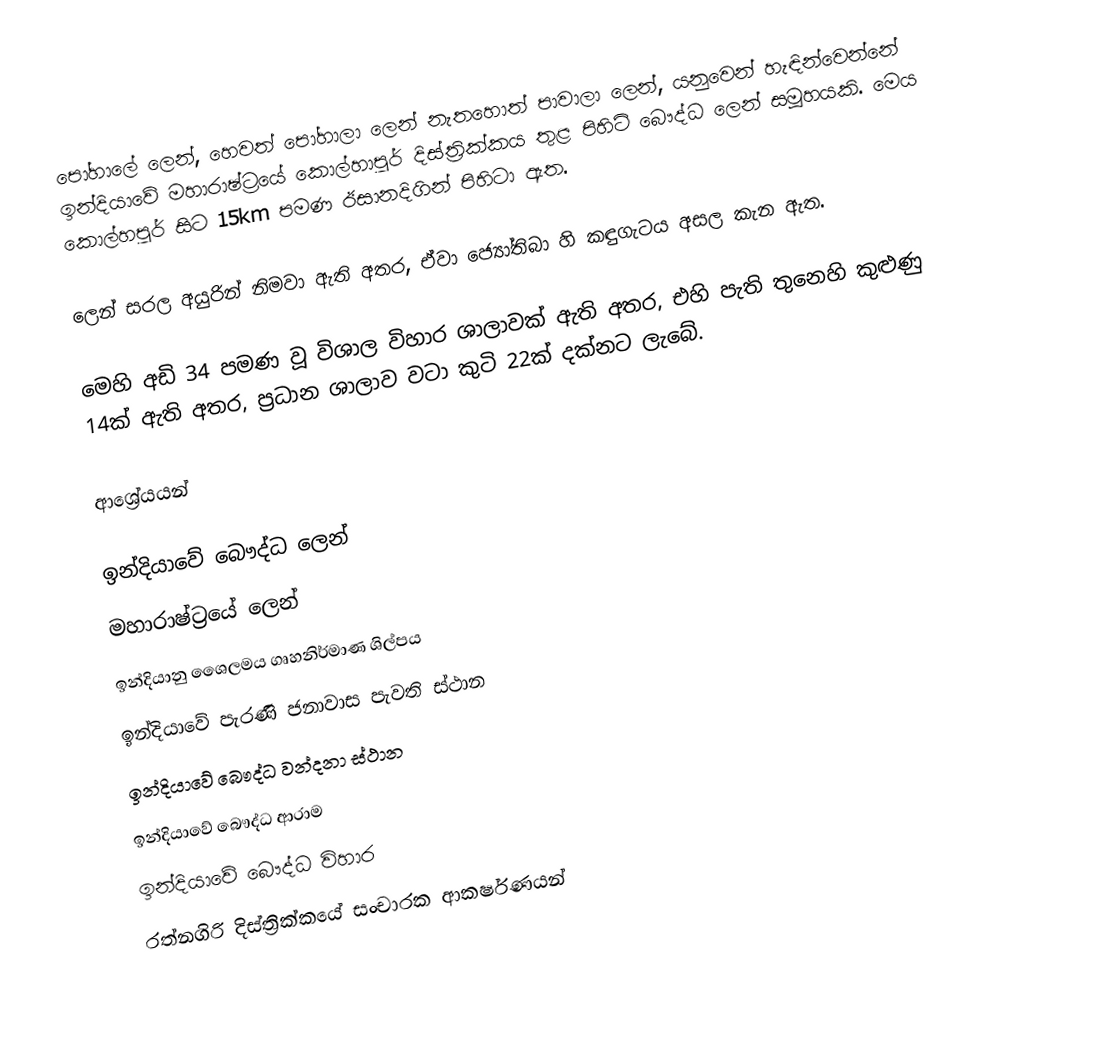
පෝහාලේ ලෙන්, හෙවත් පෝහාලා ලෙන් නැතහොත් පාවාලා ලෙන්, ‍යනුවෙන් හැඳින්වෙන්නේ ඉන්දියාවේ මහාරාෂ්ට්‍රයේ කොල්හාපූර් දිස්ත්‍රික්කය තුළ පිහිටි බෞද්ධ ලෙන් සමූහයකි. මෙය කොල්හපූර් සිට 15km පමණ ඊසානදිගින් පිහිටා ඇත.

ලෙන් සරල අයුරින් නිමවා ඇති අතර, ඒවා ජ්‍යෝතිබා හි කඳුගැටය අසල කැන ඇත.

මෙහි අඩි 34 පමණ වූ විශාල විහාර ශාලාවක් ඇති අතර, එහි පැති තුනෙහි කුළුණු 14ක් ඇති අතර, ප්‍රධාන ශාලාව වටා කුටි 22ක් දක්නට ලැබේ.

ආශ්‍රේයයන්

ඉන්දියාවේ බෞද්ධ ලෙන්
මහාරාෂ්ට්‍රයේ ලෙන්
ඉන්දියානු ශෛලමය ගෘහනිර්මාණ ශිල්පය
ඉන්දියාවේ පැරණි ජනාවාස පැවති ස්ථාන
ඉන්දියාවේ බෞද්ධ වන්දනා ස්ථාන
ඉන්දියාවේ බෞද්ධ ආරාම
ඉන්දියාවේ බෞද්ධ විහාර
රත්නගිරි දිස්ත්‍රික්කයේ සංචාරක ආකර්ෂණයන්